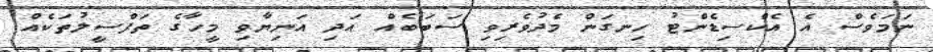
ނަމަވެސް އެ އެކްސިޑެންޓު ހިނގަން މެދުވެރިވި ސަބަބެއް އަދި އަނިޔާވި މީހާގެ ތަފްސީލުތަކެއް